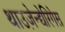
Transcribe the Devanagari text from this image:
थाउज़ेन्द्येरिगेस